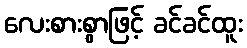
လေးစားစွာဖြင့် ခင်ခင်ထူး